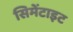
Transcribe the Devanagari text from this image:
सिमेंटाइट